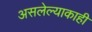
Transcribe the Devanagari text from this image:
असलेल्याकाही